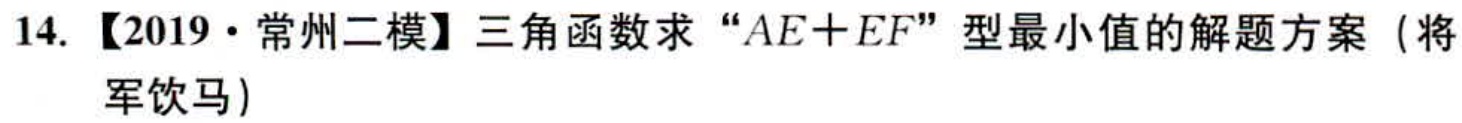
14. 【2019·常州二模】三角函数求 “\(AE + EF\)” 型最小值的解题方案（将军饮马）